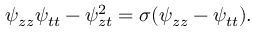
\psi _ { z z } \psi _ { t t } - \psi _ { z t } ^ { 2 } = \sigma ( \psi _ { z z } - \psi _ { t t } ) .